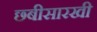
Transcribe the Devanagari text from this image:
छ्बीसारखी